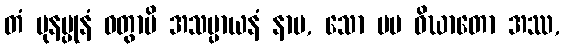
တံ ပုနပ္ပုနံ ဝတွာပိ အသမ္ပာယနံ နာမ, သော မမ ဝိဃာတော အဿ,